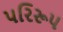
પરિરૂપ